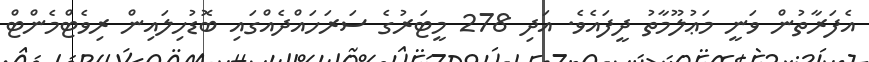
އެފަރާތުން ވަނީ މަޢުލޫމާތު ދީފައެވެ. އަދި 278 މީޓަރުގެ ސަރަހައްދެއްގައި ބޮޑުހިލައިން ރިވެޓްމެންޓް